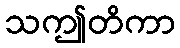
သဤတိကာ